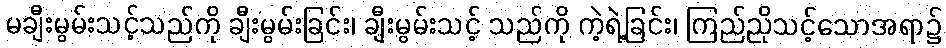
မချီးမွမ်းသင့်သည်ကို ချီးမွမ်းခြင်း၊ ချီးမွမ်းသင့် သည်ကို ကဲ့ရဲ့ခြင်း၊ ကြည်ညိုသင့်သောအရာ၌